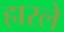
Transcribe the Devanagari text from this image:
हारले